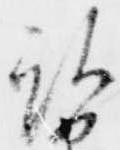
被